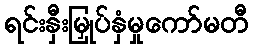
ရင်းနှီးမြှုပ်နှံမှုကော်မတီ